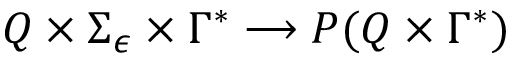
Q \times \Sigma _ { \epsilon } \times \Gamma ^ { * } \longrightarrow P ( Q \times \Gamma ^ { * } )